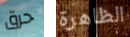
حرق الظاهرة